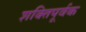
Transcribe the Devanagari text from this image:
शक्‍तिपूर्वक